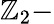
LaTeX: \mathbb{Z}_{2}-